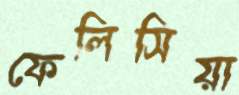
ফেলিসিয়া